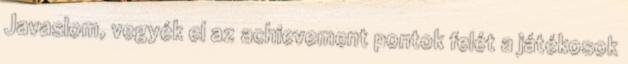
Javaslom, vegyék el az achievement pontok felét a játékosok